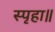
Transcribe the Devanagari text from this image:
स्पृहा॥